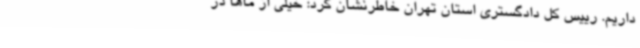
داریم. رییس کل دادگستری استان تهران خاطرنشان کرد: خیلی از ماها در